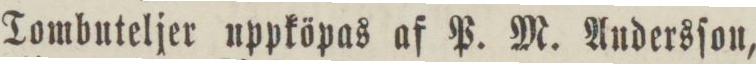
Tombuteljer uppköpas af P. M. Andersſon,